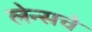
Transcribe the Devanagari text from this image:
लेन्सचे